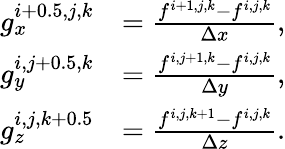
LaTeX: \begin{array}{rl}{g_{x}^{i+0.5,j,k}}&{=\frac{f^{i+1,j,k}-f^{i,j,k}}{\Delta x},}\\ {g_{y}^{i,j+0.5,k}}&{=\frac{f^{i,j+1,k}-f^{i,j,k}}{\Delta y},}\\ {g_{z}^{i,j,k+0.5}}&{=\frac{f^{i,j,k+1}-f^{i,j,k}}{\Delta z}.}\end{array}